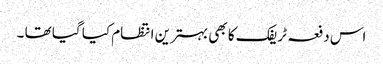
اس دفعہ ٹریفک کا بھی بہترین انتظام کیا گیا تھا ۔